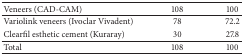
| Veneers (CAD-CAM) | 108 | 100 |
 | --- | --- | --- |
 | Variolink veneers (Ivoclar Vivadent) | 78 | 72.2 |
 | Clearfil esthetic cement (Kuraray) | 30 | 27.8 |
 | Total | 108 | 100 |